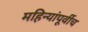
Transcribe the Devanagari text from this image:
महिन्यांपूर्वीच